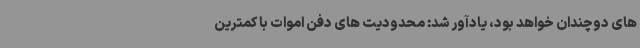
های دوچندان خواهد بود، یادآور شد: محدودیت های دفن اموات با کمترین